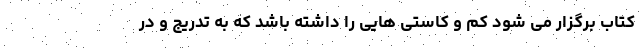
کتاب برگزار می شود کم و کاستی هایی را داشته باشد که به تدریج و در